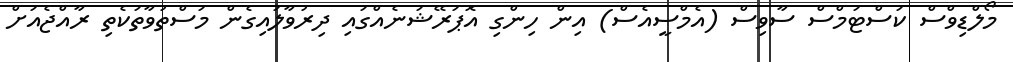
މޯލްޑިވްސް ކަސްޓަމްސް ސާވިސް (އެމްސީއެސް) އިން ހިންގި އޮޕަރޭޝަނެއްގައި ދިރުވާލައިގެން މަސްތުވާތަކެތި ރާއްޖެއަށް